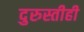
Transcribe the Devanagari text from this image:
दुरुस्तीही